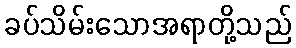
ခပ်သိမ်းသောအရာတို့သည်